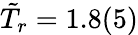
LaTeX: \tilde{T}_{r}=1.8(5)